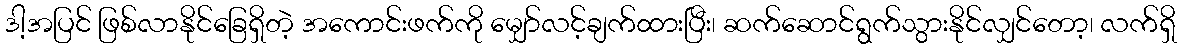
ဒါ့အပြင် ဖြစ်လာနိုင်ခြေရှိတဲ့ အကောင်းဖက်ကို မျှော်လင့်ချက်ထားပြီး၊ ဆက်ဆောင်ရွက်သွားနိုင်လျှင်တော့၊ လက်ရှိ